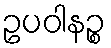
ဥပဝါနဉ္စ